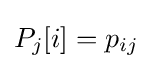
P_{j}[i]=p_{ij}